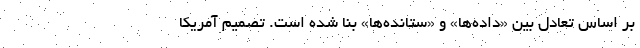
بر اساس تعادل بین «داده‌ها» و «ستانده‌ها» بنا شده است. تصمیم آمریکا